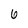
Character: 6